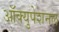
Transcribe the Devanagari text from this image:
ऑक्युपेशनल